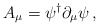
\begin{align*}A_{\mu}=\psi^{\dagger}\partial_{\mu}\psi\,,\end{align*}